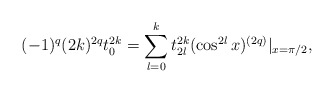
\begin{align*}(-1)^q (2k)^{2q}t_0^{2k}=\sum_{l=0}^{k} t_{2l}^{2k}(\cos ^{2l}x)^{(2q)}|_{x=\pi/2},\end{align*}